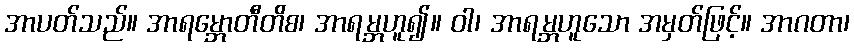
အာပတ်သည်။ အာရမ္ဘောတီတိစ၊ အာရမ္ဘဟူ၍။ ဝါ၊ အာရမ္ဘဟူသော အမှတ်ဖြင့်။ အာဂတာ၊